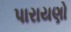
પારાયણો